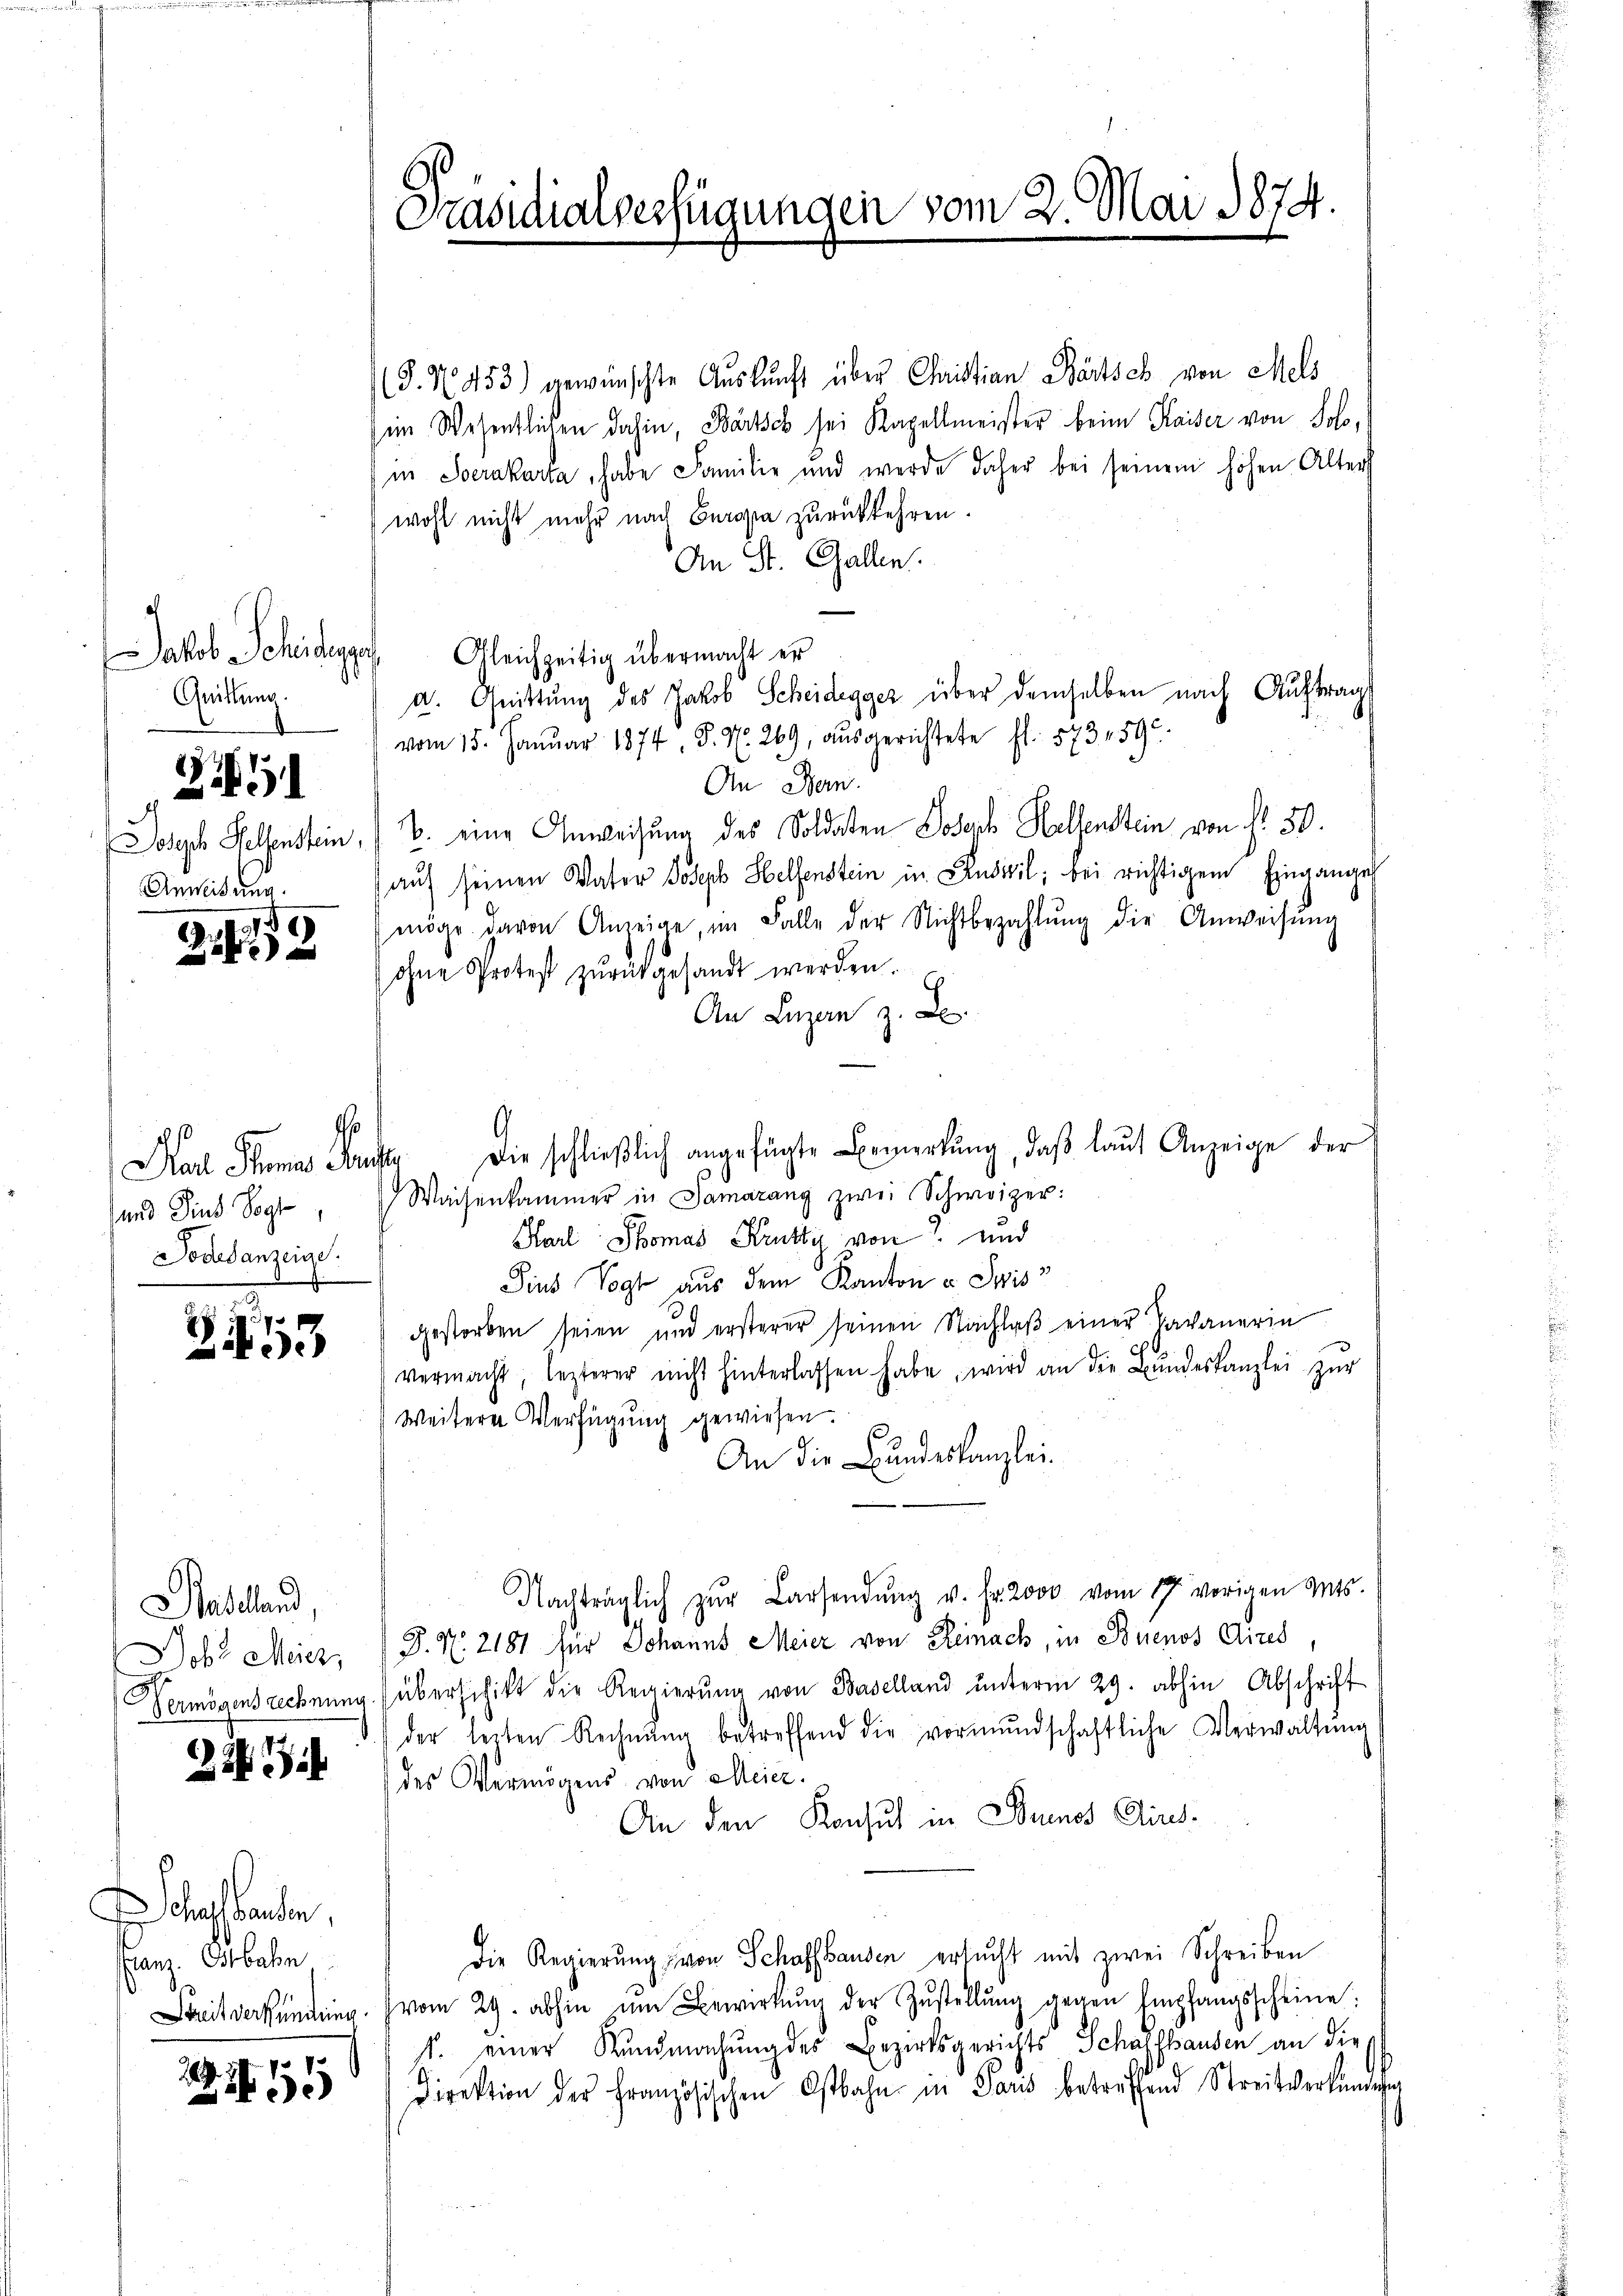
Jakob Scheidegge
Quittung.

2

d
Anwidung.

2 189

Fal Thomas Anst
und Sind Vogt
Todesanzeige.

f

27
.

Hasland,
Job. Meiez,

225

(J. N. 453) gewünschte Auskunft über Christian Bartsch von Mels
im Wesentlichen dahin, Bartsch sei Kapellmeister beim Kaiser von Solo,
in Socrakarta, habe Familie und werde daher bei seinem hohen Alter
wohl nicht mehr nach Europa zurückkehren.
An St. Gallen.
Gleichzeitig übermacht er
a. Grittung des Jakob Scheidegger über demselben nach Auftrag
vom 15. Januar 1874, S. N. 269, ausgerichtete fl. 573. 459
An Bern.
oseph Helfenstein / B. eine Anweisung des Soldaten Joseph Helfenstein von fr. 50.
auf seinen Vater Joseph Helfenstein in Auswil; bei richtigem Eingange
möge davon Anzeige, im Falle der Nichtbezahlŭng die Anweisŭng
ohne Protest zŭrückgesandt werden.
An Luzern z. B.
Die schließlich angefügte Bemerkung, daß laut Anzeige der
Waisenkammer in Samarang zwei Schweizer:
Blarl Thomas Krutty von und
Pius Vogt aus dem Kanton u. Suiss
gestorben seien und ersterer seinen Nachlaβ einer Tavanerin
vermacht, lezterer nicht hinterlassen habe, wird an die Bŭndeskanzlei zŭr
Weitere Verfügung gewiesen.
An die Bundeskanzlei.
Nachträglich zŭr Barsendŭng v. Fr. 2000 vom 17. vorigen Mts.
P. Nr. 2181 für Johanns Meier von Reinach, in Buenos Aires,
Vermögensrechnung überschikt die Regierŭng von Baselland ŭnterm 29. abhin Abschrift
der leiten Rechnŭng betreffend die vormŭndschaftliche Verwaltŭng
des Vermögens von Meier.
An den Konsul in Buenos Ains¬
Die Regierŭng von Schaffhausen ersucht mit zwei Schreiben
eitverkündŭng vom 29. abhin ŭm Bewirkŭng der Zŭstellŭng gegen Empfangsscheine
1. einer Kundmachung des Bezirksgerichts Schaffhausen an die¬
Direktion der Französischen Ostbahn in Paris betreffend Streitverkündig

habenden,
anz. Octbalm

229
55

Präsidialverfügungen vom 2. Mai 1874.